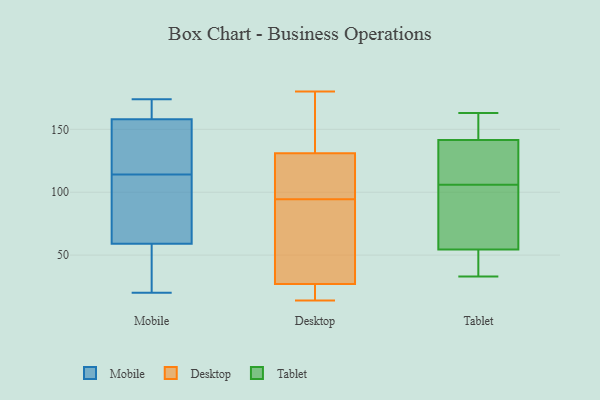
{"axis": {"x": "Revenue (USD Million)", "y": "Value"}, "legend": ["Desktop", "Mobile", "Tablet"], "data": [{"x": "", "y": 22, "type": "Mobile"}, {"x": "", "y": 152, "type": "Mobile"}, {"x": "", "y": 174, "type": "Mobile"}, {"x": "", "y": 122, "type": "Mobile"}, {"x": "", "y": 56, "type": "Mobile"}, {"x": "", "y": 88, "type": "Mobile"}, {"x": "", "y": 106, "type": "Mobile"}, {"x": "", "y": 161, "type": "Mobile"}, {"x": "", "y": 149, "type": "Mobile"}, {"x": "", "y": 84, "type": "Mobile"}, {"x": "", "y": 85, "type": "Mobile"}, {"x": "", "y": 169, "type": "Mobile"}, {"x": "", "y": 172, "type": "Mobile"}, {"x": "", "y": 158, "type": "Mobile"}, {"x": "", "y": 46, "type": "Mobile"}, {"x": "", "y": 153, "type": "Mobile"}, {"x": "", "y": 59, "type": "Mobile"}, {"x": "", "y": 20, "type": "Mobile"}, {"x": "", "y": 19, "type": "Desktop"}, {"x": "", "y": 45, "type": "Desktop"}, {"x": "", "y": 120, "type": "Desktop"}, {"x": "", "y": 151, "type": "Desktop"}, {"x": "", "y": 131, "type": "Desktop"}, {"x": "", "y": 100, "type": "Desktop"}, {"x": "", "y": 14, "type": "Desktop"}, {"x": "", "y": 89, "type": "Desktop"}, {"x": "", "y": 27, "type": "Desktop"}, {"x": "", "y": 180, "type": "Desktop"}, {"x": "", "y": 84, "type": "Tablet"}, {"x": "", "y": 106, "type": "Tablet"}, {"x": "", "y": 142, "type": "Tablet"}, {"x": "", "y": 140, "type": "Tablet"}, {"x": "", "y": 163, "type": "Tablet"}, {"x": "", "y": 48, "type": "Tablet"}, {"x": "", "y": 36, "type": "Tablet"}, {"x": "", "y": 158, "type": "Tablet"}, {"x": "", "y": 74, "type": "Tablet"}, {"x": "", "y": 33, "type": "Tablet"}, {"x": "", "y": 117, "type": "Tablet"}]}